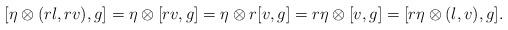
LaTeX: \begin{align*}&[\eta \otimes (rl, rv),g] = \eta \otimes [rv, g]= \eta \otimes r[v,g]=r \eta \otimes [v,g]=[r\eta \otimes (l,v), g ].\end{align*}